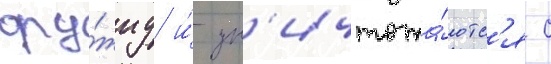
ору́жиу и́ ун'ичтожа́ютс'я с